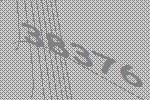
38376